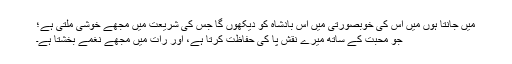
میں جانتا ہوں میں اُس کی خوبصورتی میں اُس بادشاہ کو دیکھوں گا جس کی شریعت میں مجھے خوشی ملتی ہے؛
جو محبت کے ساتھ میرے نقش پا کی حفاظت کرتا ہے، اور رات میں مجھے نغمے بخشتا ہے۔